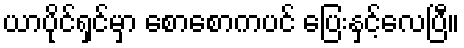
ယာပိုင်ရှင်မှာ စောစောကပင် ပြေးနှင့်လေပြီ။